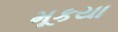
મૂકયા